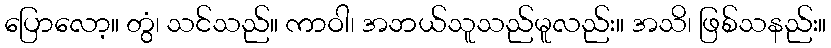
ပြောလော့။ တွံ၊ သင်သည်။ ကာဝါ၊ အဘယ်သူသည်မူလည်း။ အသိ၊ ဖြစ်သနည်း။